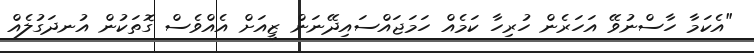
"އެކަމާ ހާސްނުވޭ އަހަރެން ހުރިހާ ކަމެއް ހަމަޖައްސައިދޭނަން ޒީއަށް އެއްވެސް ގޮތަކުން އުނދަގުލެއް